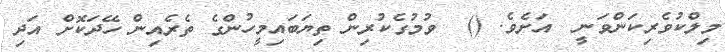
މިލްކުވެރިކަންވަނީ  އަށެވެ. ()  ވުމުގެކުރިން ތިޔަބައިމީހުންގެ ތެރެއިން ހޭދަކޮށް އަދި